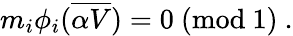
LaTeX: m_{i}\phi_{i}({\overline{{{\alpha V}}}})=0~(\mathrm{mod}~1)~.